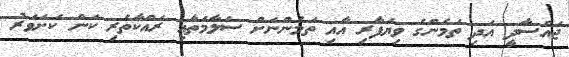
ޖައްސާދީ އަދި ތަމެންގެ ވިޔަފާރި އާއި ތަމެންނަށް ސަލާމަތާއި ރައްކާތެރި ކަން ކަށަވަރު